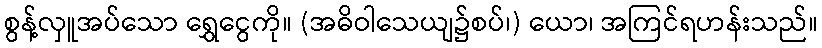
စွန့်လှူအပ်သော ရွှေငွေကို။ (အဓိဝါသေယျ၌စပ်၊) ယော၊ အကြင်ရဟန်းသည်။